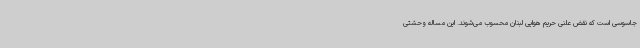
جاسوسی است که نقض علنی حریم هوایی لبنان محسوب می‌شوند. این مساله وحشتی